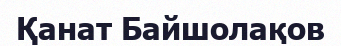
Қанат Байшолақов